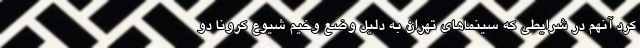
کرد آنهم در شرایطی که سینماهای تهران به دلیل وضع وخیم شیوع کرونا دو